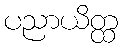
ပညာယိတ္ထ